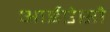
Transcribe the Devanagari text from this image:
आईऐसौ